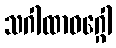
သဂါထာဝဂ္ဂေါ